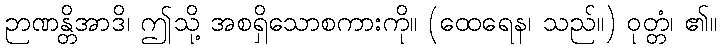
ဉာဏန္တိအာဒိ၊ ဤသို့ အစရှိသောစကားကို။ (ထေရေန၊ သည်။) ဝုတ္တံ၊ ၏။